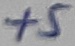
Text: +5V